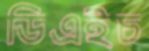
ডিএইচ